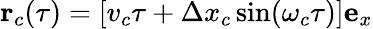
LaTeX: \mathbf{r}_{c}(\tau)=[v_{c}\tau+\Delta x_{c}\sin(\omega_{c}\tau)]\mathbf{e}_{x}